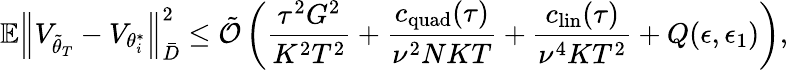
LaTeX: \mathbb{E}\Big\lVert V_{\tilde{\theta}_{T}}-V_{\theta_{i}^{*}}\Big\rVert_{\bar{D}}^{2}\le\tilde{\mathcal{O}}\left(\frac{\tau^{2}G^{2}}{K^{2}T^{2}}+\frac{c_{\mathrm{quad}}(\tau)}{\nu^{2}NKT}+\frac{c_{\mathrm{lin}}(\tau)}{\nu^{4}KT^{2}}+Q(\epsilon,\epsilon_{1})\right),